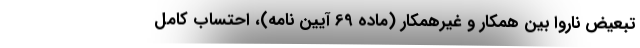
تبعیض ناروا بین همکار و غیرهمکار (ماده 69 آیین نامه)، احتساب کامل